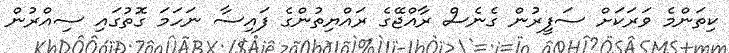
ކިތަންމެ ވަރަކަށް ސަފީރުން ގެނެސް ރާއްޖޭގެ ރައްޔިތުންގެ ފައިސާ ނަހަމަ ގޮތުގައި ސިއްރުން